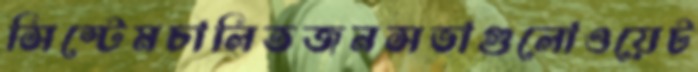
সিস্টেমচালিতজনসভাগুলোওয়েট